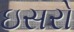
ઇસરો